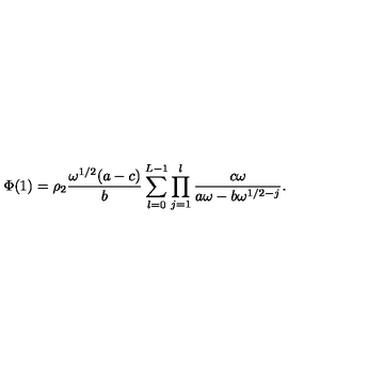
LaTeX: \Phi ( 1 ) = \rho _ { 2 } \frac { \omega ^ { 1 / 2 } ( a - c ) } { b } \sum _ { l = 0 } ^ { L - 1 } \prod _ { j = 1 } ^ { l } \frac { c \omega } { a \omega - b \omega ^ { 1 / 2 - j } } .